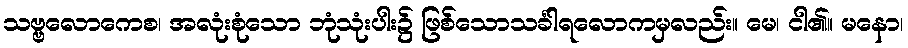
သဗ္ဗလောကေစ၊ အလုံးစုံသော ဘုံသုံးပါး၌ ဖြစ်သောသင်္ခါရလောကမှလည်း။ မေ၊ ငါ၏။ မနော၊